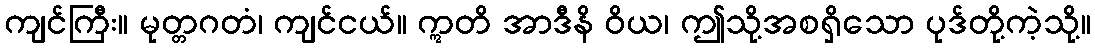
ကျင်ကြီး။ မုတ္တဂတံ၊ ကျင်ငယ်။ ဣတိ အာဒီနိ ဝိယ၊ ဤသို့အစရှိသော ပုဒ်တို့ကဲ့သို့။